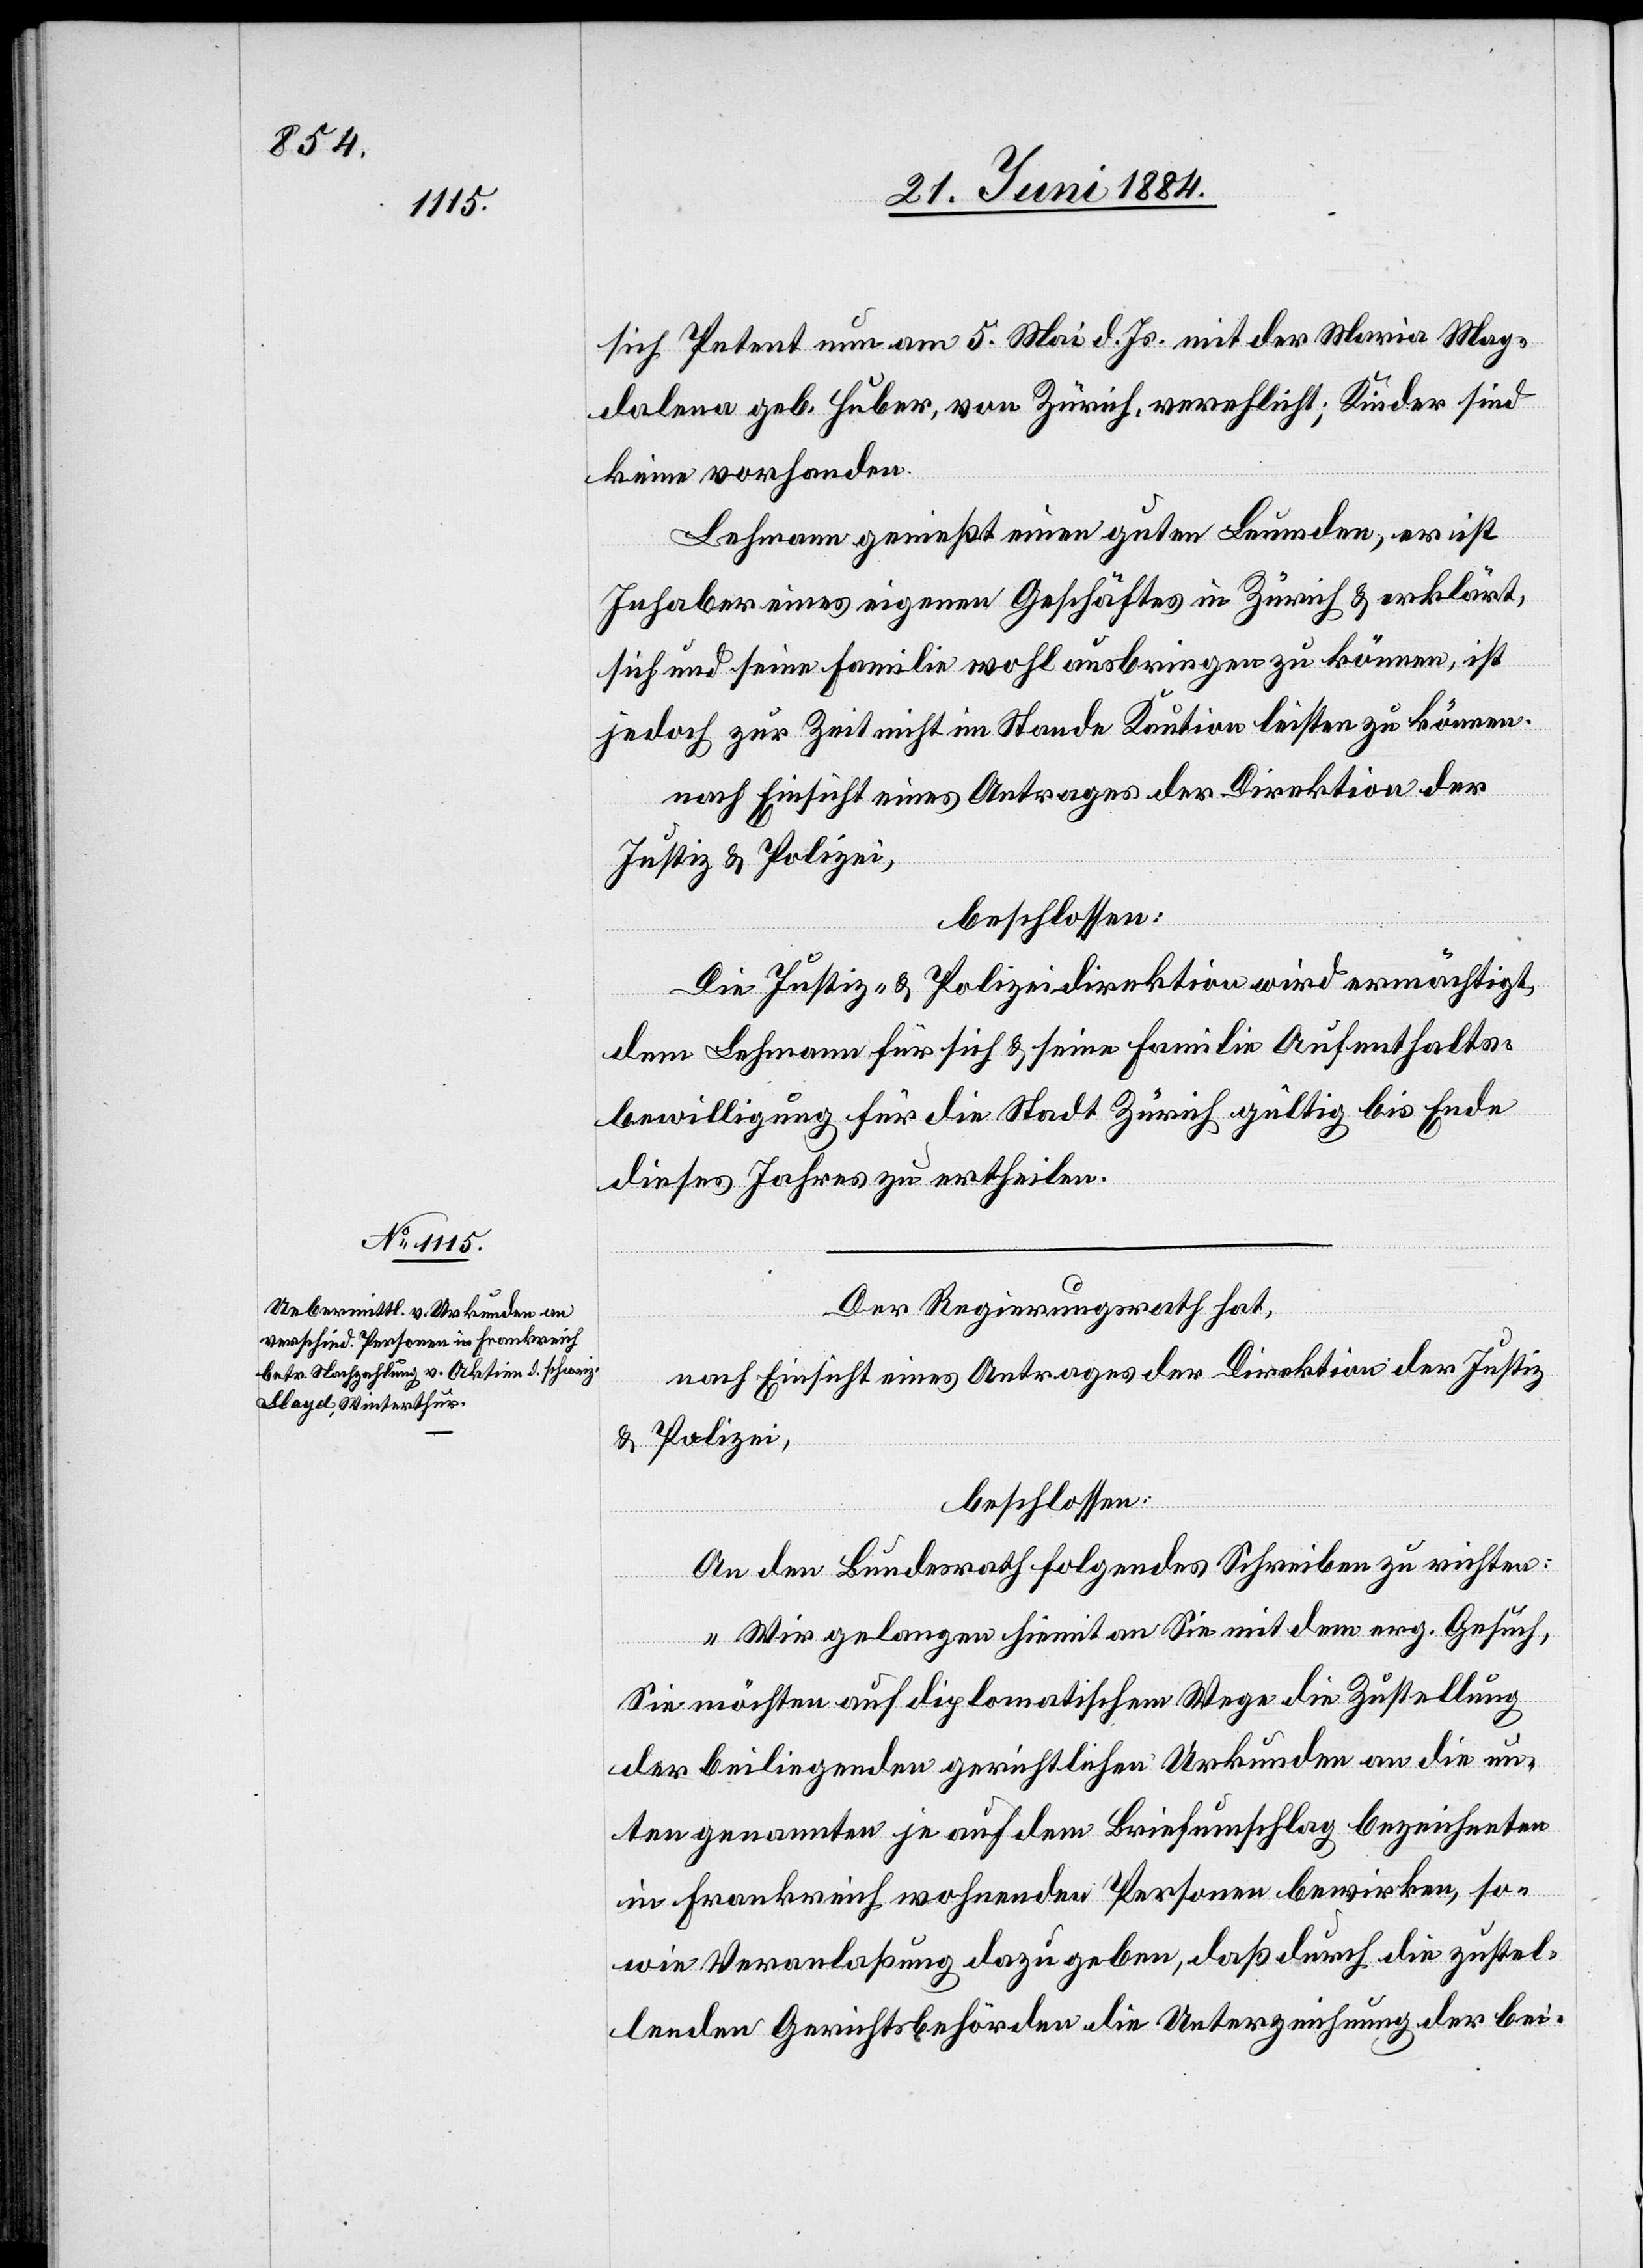
sich Petent nun am 5. Mai d. Js. mit der Maria Mag¬
dalena geb. Huber, von Zürich, verehelicht; Kinder sind
keine vorhanden.
Lehmann genießt einen guten Leumde; er ist
Inhaber eines eigenen Geschäftes in Zürich & erklärt,
sich und seine Familie voll ausbringen zu können, ist
jedoch zur Zeit nicht im Stande Kaution leisten zu können.
nach Einsicht eines Antrages der Direktion der
Justiz & Polizei,
beschlossen:
Die Justiz & Polizeidirektion wird ermächtigt,
dem Lehmann für sich & seine Familie Aufenthalts¬
bewilligung für die Stadt Zürich gültig bis Ende
dieses Jahres zu ertheilen.
Der Regierungsrath hat,
An den Bundesrath folgendes Schreiben zu richten:
„Wir gelangen hiemit an Sie mit dem erg. Gesuch,
Sie möchten auf diplomatischem Wege die Zustellung
der beiliegenden gerichtlichen Urkunden an die un¬
ten genannten je auf dem Briefumschlag bezeichneten
in Frankreich wohnenden Personen bewirken, so¬
wie Veranlaßung dazu geben, daß durch die zustel¬
lenden Gerichtsbehörden die Unterzeichnung der bei-